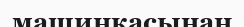
машинкасынан